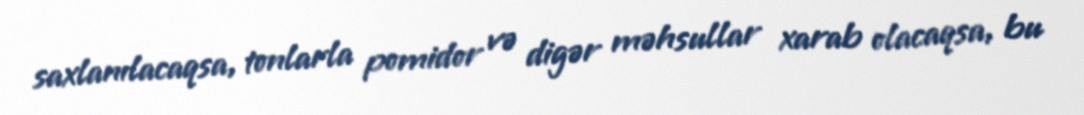
saxlanılacaqsa, tonlarla pomidor və digər məhsullar xarab olacaqsa, bu